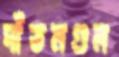
দাঁতমণ্ডল